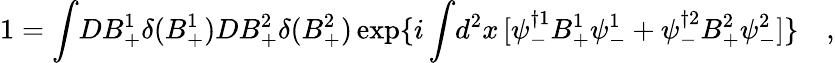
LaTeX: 1=\int\! DB_{+}^{1}\delta(B_{+}^{1})DB_{+}^{2}\delta(B_{+}^{2})\exp\{ i\int\! d^{2}x\, [\psi_{-}^{\dagger 1}B_{+}^{1}\psi_{-}^{1}+\psi_{-}^{\dagger 2}B_{+}^{2}\psi_{-}^{2}]\} \quad,